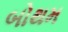
બોથમ